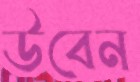
উবেন